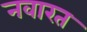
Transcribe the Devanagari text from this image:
नवारत